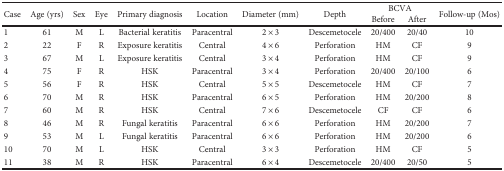
<table><thead><tr><td rowspan="2"><b>Case</b></td><td rowspan="2"><b>Age (yrs)</b></td><td rowspan="2"><b>Sex</b></td><td rowspan="2"><b>Eye</b></td><td rowspan="2"><b>Primary diagnosis</b></td><td rowspan="2"><b>Location</b></td><td rowspan="2"><b>Diameter (mm)</b></td><td rowspan="2"><b>Depth</b></td><td colspan="2"><b>BCVA</b></td><td rowspan="2"><b>Follow-up (Mos)</b></td></tr><tr><td><b>Before</b></td><td><b>After</b></td></tr></thead><tbody><tr><td>1</td><td>61</td><td>M</td><td>L</td><td>Bacterial keratitis</td><td>Paracentral</td><td>2 × 3</td><td>Descemetocele</td><td>20/400</td><td>20/40</td><td>10</td></tr><tr><td>2</td><td>22</td><td>F</td><td>R</td><td>Exposure keratitis</td><td>Central</td><td>4 × 6</td><td>Perforation</td><td>HM</td><td>CF</td><td>9</td></tr><tr><td>3</td><td>67</td><td>M</td><td>L</td><td>Exposure keratitis</td><td>Central</td><td>3 × 4</td><td>Perforation</td><td>HM</td><td>CF</td><td>9</td></tr><tr><td>4</td><td>75</td><td>F</td><td>R</td><td>HSK</td><td>Paracentral</td><td>3 × 4</td><td>Perforation</td><td>20/400</td><td>20/100</td><td>6</td></tr><tr><td>5</td><td>56</td><td>F</td><td>R</td><td>HSK</td><td>Central</td><td>5 × 5</td><td>Descemetocele</td><td>HM</td><td>CF</td><td>7</td></tr><tr><td>6</td><td>70</td><td>M</td><td>R</td><td>HSK</td><td>Paracentral</td><td>6 × 5</td><td>Perforation</td><td>HM</td><td>20/200</td><td>8</td></tr><tr><td>7</td><td>60</td><td>M</td><td>R</td><td>HSK</td><td>Central</td><td>7 × 6</td><td>Descemetocele</td><td>CF</td><td>CF</td><td>6</td></tr><tr><td>8</td><td>46</td><td>M</td><td>R</td><td>Fungal keratitis</td><td>Paracentral</td><td>6 × 6</td><td>Perforation</td><td>HM</td><td>20/200</td><td>7</td></tr><tr><td>9</td><td>53</td><td>M</td><td>L</td><td>Fungal keratitis</td><td>Paracentral</td><td>6 × 6</td><td>Perforation</td><td>HM</td><td>20/200</td><td>6</td></tr><tr><td>10</td><td>70</td><td>M</td><td>L</td><td>HSK</td><td>Central</td><td>3 × 3</td><td>Perforation</td><td>HM</td><td>CF</td><td>5</td></tr><tr><td>11</td><td>38</td><td>M</td><td>R</td><td>HSK</td><td>Paracentral</td><td>6 × 4</td><td>Descemetocele</td><td>20/400</td><td>20/50</td><td>5</td></tr></tbody></table>